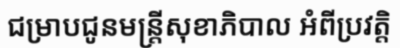
ជម្រាបជូនមន្ត្រីសុខាភិបាល អំពីប្រវត្តិ